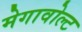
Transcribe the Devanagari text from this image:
मेगावोल्ट